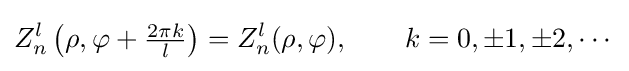
Z_{n}^{l}\left(\rho ,\varphi +{\tfrac {2\pi k}{l}}\right)=Z_{n}^{l}(\rho ,\varphi ),\qquad k=0,\pm 1,\pm 2,\cdots